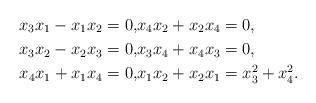
LaTeX: \begin{align*}x_3 x_1-x_1x_2 =0, &x_4x_2+x_2x_4=0,\\x_3 x_2-x_2x_3 =0, &x_3x_4+x_4x_3=0,\\x_4 x_1+x_1x_4 =0, &x_1x_2+x_2x_1=x_3^2+x_4^2.\end{align*}